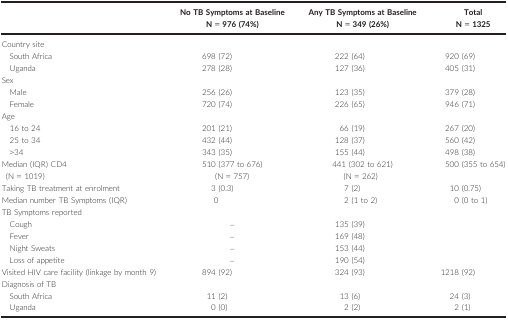
<table><thead><tr><td></td><td><b>No TB Symptoms at Baseline N = 976 (74%)</b></td><td><b>Any TB Symptoms at Baseline N = 349 (26%)</b></td><td><b>Total N = 1325</b></td></tr></thead><tbody><tr><td colspan="4">Country site</td></tr><tr><td>South Africa</td><td>698 (72)</td><td>222 (64)</td><td>920 (69)</td></tr><tr><td>Uganda</td><td>278 (28)</td><td>127 (36)</td><td>405 (31)</td></tr><tr><td colspan="4">Sex</td></tr><tr><td>Male</td><td>256 (26)</td><td>123 (35)</td><td>379 (28)</td></tr><tr><td>Female</td><td>720 (74)</td><td>226 (65)</td><td>946 (71)</td></tr><tr><td colspan="4">Age</td></tr><tr><td>16 to 24</td><td>201 (21)</td><td>66 (19)</td><td>267 (20)</td></tr><tr><td>25 to 34</td><td>432 (44)</td><td>128 (37)</td><td>560 (42)</td></tr><tr><td>&gt;34</td><td>343 (35)</td><td>155 (44)</td><td>498 (38)</td></tr><tr><td>Median (IQR) CD4(N = 1019)</td><td>510 (377 to 676)(N = 757)</td><td>441 (302 to 621)(N = 262)</td><td>500 (355 to 654)</td></tr><tr><td>Taking TB treatment at enrolment</td><td>3 (0.3)</td><td>7 (2)</td><td>10 (0.75)</td></tr><tr><td>Median number TB Symptoms (IQR)</td><td>0</td><td>2 (1 to 2)</td><td>0 (0 to 1)</td></tr><tr><td colspan="4">TB Symptoms reported</td></tr><tr><td>Cough</td><td>–</td><td>135 (39)</td><td></td></tr><tr><td>Fever</td><td>–</td><td>169 (48)</td><td></td></tr><tr><td>Night Sweats</td><td>–</td><td>153 (44)</td><td></td></tr><tr><td>Loss of appetite</td><td>–</td><td>190 (54)</td><td></td></tr><tr><td>Visited HIV care facility (linkage by month 9)</td><td>894 (92)</td><td>324 (93)</td><td>1218 (92)</td></tr><tr><td colspan="4">Diagnosis of TB</td></tr><tr><td>South Africa</td><td>11 (2)</td><td>13 (6)</td><td>24 (3)</td></tr><tr><td>Uganda</td><td>0 (0)</td><td>2 (2)</td><td>2 (1)</td></tr></tbody></table>